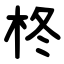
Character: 柊